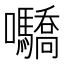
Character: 𡆌